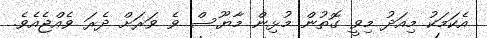
އެކަމަކު މިއަދު މިވީ ގޮތުން މުޅިން މާޔޫސް ވެެ ވަރަށް ދެރަ ވެއްޖެއެވެ.